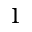
1